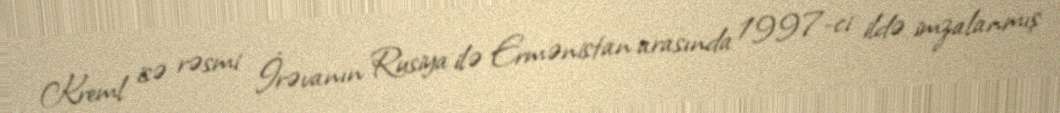
Kreml isə rəsmi İrəvanın Rusiya ilə Ermənistan arasında 1997-ci ildə imzalanmış